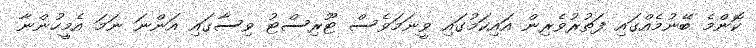
ކޮންމެ ބޭނުމެއްގައި ފަތުރުވެރިން އައިކަމުގައި ވީނަމަވެސް ޓޫރިސްޓު ވިސާގައި އަންނަ ނަމަ އެމީހުންނާ